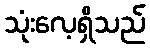
သုံးလေ့ရှိသည်